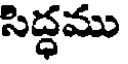
సిద్ధము